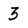
Character: 3